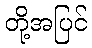
တို့အပြင်